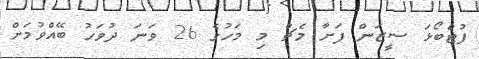
ފުޓްބޯޅަ ސީޒަން ފަށާ މެޗް މި މަހުގެ 26 ވަނަ ދުވަހު ބޭއްވުމަށް